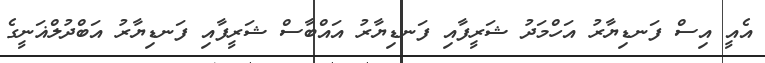
އެއީ އިސް ފަނޑިޔާރު އަހްމަދު ޝަރީފާއި ފަނޑިޔާރު އައްބާސް ޝަރީފާއި ފަނޑިޔާރު އަބްދުލްޣަނީގެ